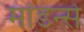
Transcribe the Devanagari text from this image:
मॉडर्न्स